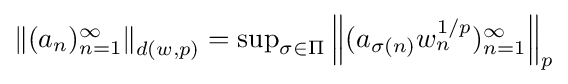
{\textstyle \left\|(a_{n})_{n=1}^{\infty }\right\|_{d(w,p)}=\sup _{\sigma \in \Pi }\left\|(a_{\sigma (n)}w_{n}^{1/p})_{n=1}^{\infty }\right\|_{p}}